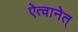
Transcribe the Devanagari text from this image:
ऐत्वानेत्